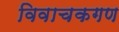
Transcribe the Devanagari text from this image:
विवाचकगण